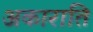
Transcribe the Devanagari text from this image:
अकाराति